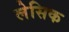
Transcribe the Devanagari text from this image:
लेसिक